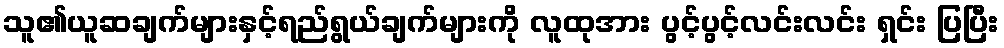
သူ၏ယူဆချက်များနှင့်ရည်ရွယ်ချက်များကို လူထုအား ပွင့်ပွင့်လင်းလင်း ရှင်း ပြပြီး